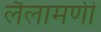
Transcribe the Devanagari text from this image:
लैलामणी